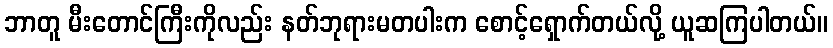
ဘာတူ မီးတောင်ကြီးကိုလည်း နတ်ဘုရားမတပါးက စောင့်ရှောက်တယ်လို့ ယူဆကြပါတယ်။